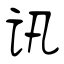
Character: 讯